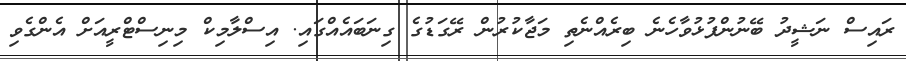
ރައިސް ނަޝީދު ބޭނުންފުޅުވާހެނެ ބިރެއްނެތި މަޖާކުރުން ރޭގަޑުގެ ގިނަބައެއްގައި. އިސްލާމިކް މިނިސްޓްރީއަށް އެންގެވި